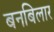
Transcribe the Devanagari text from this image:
बनबिलार